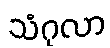
သံဂုလာ